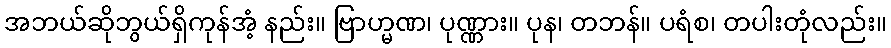
အဘယ်ဆိုဘွယ်ရှိကုန်အံ့ နည်း။ ဗြာဟ္မဏ၊ ပုဏ္ဏား။ ပုန၊ တဘန်။ ပရံစ၊ တပါးတုံလည်း။